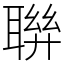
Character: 聨